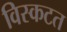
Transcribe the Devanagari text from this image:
विस्कटत